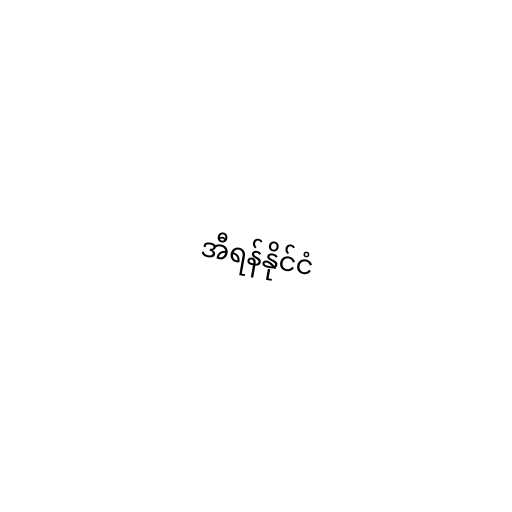
အီရန်နိုင်ငံ